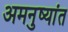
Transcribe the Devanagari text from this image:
अमनुष्यांत